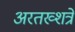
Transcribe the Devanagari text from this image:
अरतख्शत्रे